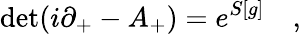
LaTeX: \mathrm{det}(i\partial_{+}-A_{+})=e^{S[g]}\quad,